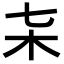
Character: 𣎽